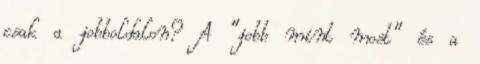
csak a jobboldalon? A "jobb mint most" és a